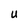
Character: U